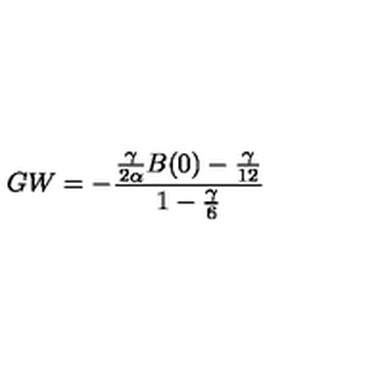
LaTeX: G W = - \frac { \frac { \gamma } { 2 \alpha } B ( 0 ) - { \frac { \gamma } { 1 2 } } } { 1 - { \frac { \gamma } { 6 } } }